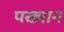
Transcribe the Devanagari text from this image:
पख्यान